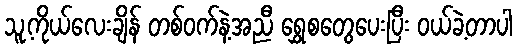
သူ့ကိုယ်လေးချိန် တစ်ဝက်နဲ့အညီ ရွှေစတွေပေးပြီး ဝယ်ခဲ့တာပါ